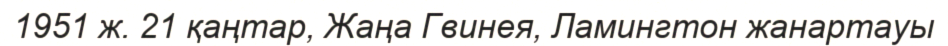
1951 ж. 21 қаңтар, Жаңа Гвинея, Ламингтон жанартауы